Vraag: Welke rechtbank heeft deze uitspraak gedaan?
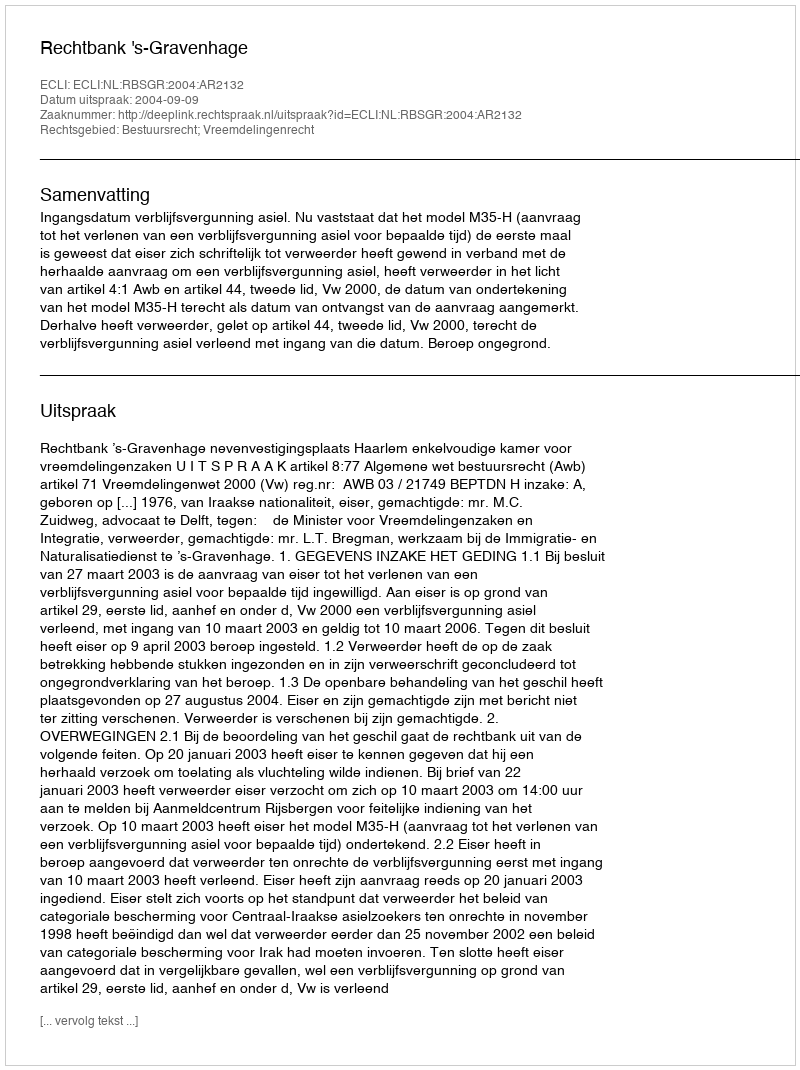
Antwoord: Rechtbank 's-Gravenhage